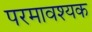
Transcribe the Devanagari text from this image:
परमावश्‍यक